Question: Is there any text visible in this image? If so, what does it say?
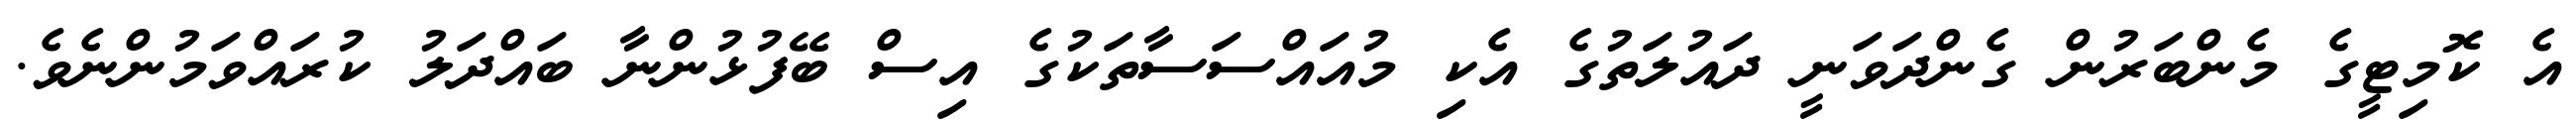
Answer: އެ ކޮމިޓީގެ މެންބަރުން ގެންދަވަނީ ދައުލަތުގެ އެކި މުއައްސަސާތަކުގެ އިސް ބޭފުޅުންނާ ބައްދަލު ކުރައްވަމުންނެވެ.